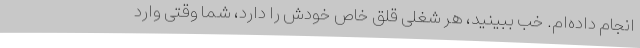
انجام داده‌ام. خب ببینید، هر شغلی قلق خاص خودش را دارد، شما وقتی وارد